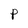
Character: P